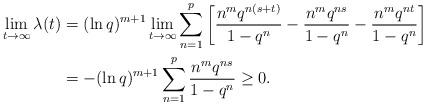
LaTeX: \begin{align*}\lim_{t \rightarrow \infty}\lambda(t)&= (\ln q)^{m+1}\lim_{t \rightarrow \infty}\sum_{n=1}^{p} \left[\frac{ n^{m}q^{n(s+t)}}{1-q^{n}} - \frac{ n^{m}q^{ns}}{1-q^{n}} - \frac{ n^{m}q^{nt}}{1-q^{n}} \right] \\&= -(\ln q)^{m+1} \sum_{n=1}^{p}\frac{ n^{m}q^{ns}}{1-q^{n}}\geq0. \, \, \end{align*}